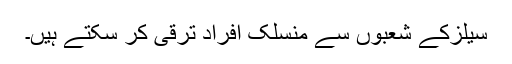
سیلزکے شعبوں سے منسلک افراد ترقی کر سکتے ہیں۔